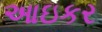
આઇકર